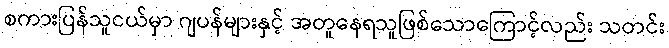
စကားပြန်သူငယ်မှာ ဂျပန်များနှင့် အတူနေရသူဖြစ်သောကြောင့်လည်း သတင်း